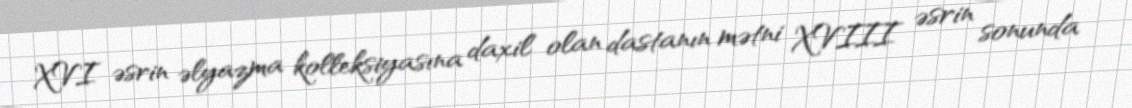
XVI əsrin əlyazma kolleksiyasına daxil olan dastanın mətni XVIII əsrin sonunda